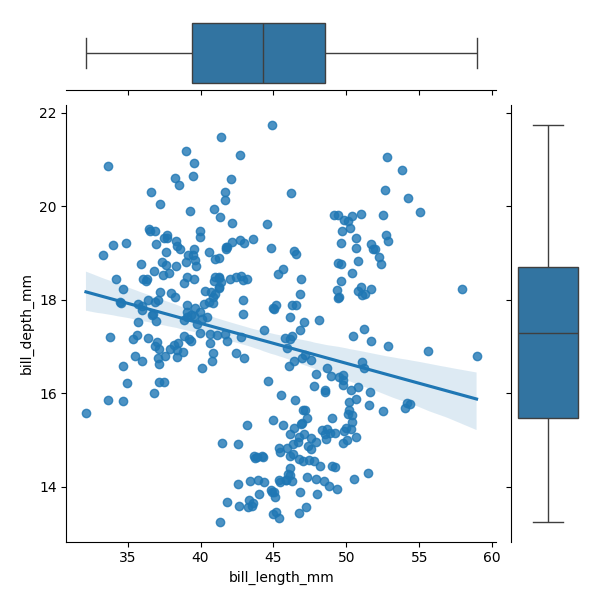
python, seaborn, JointGrid, regplot, boxplot